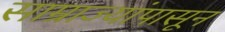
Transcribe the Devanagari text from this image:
साम्राज्यांपासून